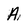
Character: A